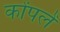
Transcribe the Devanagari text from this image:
कोंपलें